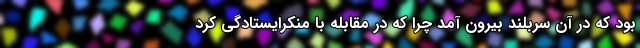
بود که در آن سربلند بیرون آمد چرا که در مقابله با منکرایستادگی کرد